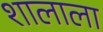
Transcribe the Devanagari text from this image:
शालाला